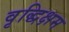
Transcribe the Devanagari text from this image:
वृद्धिक्षम